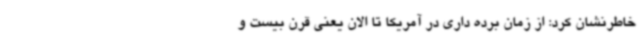
خاطرنشان کرد: از زمان برده داری در آمریکا تا الان یعنی قرن بیست و